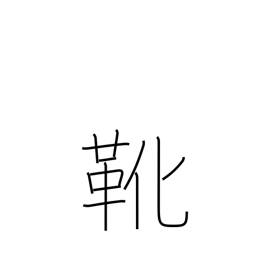
Meaning: shoes